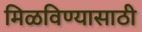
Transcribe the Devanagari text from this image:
मिळविण्‍यासाठी